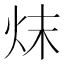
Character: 㶬